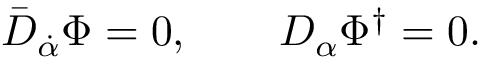
\bar { D } _ { \dot { \alpha } } \Phi = 0 , \qquad D _ { \alpha } \Phi ^ { \dagger } = 0 .